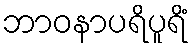
ဘာဝနာပရိပူရိံ